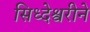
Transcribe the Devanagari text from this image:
सिध्देश्वरीने